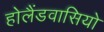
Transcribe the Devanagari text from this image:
होलैंडवासियो